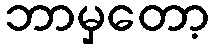
ဘာမှတော့